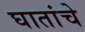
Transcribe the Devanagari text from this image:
घातांचे